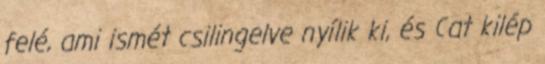
felé, ami ismét csilingelve nyílik ki, és Cat kilép